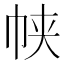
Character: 𱜤